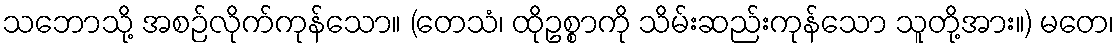
သဘောသို့ အစဉ်လိုက်ကုန်သော။ (တေသံ၊ ထိုဥစ္စာကို သိမ်းဆည်းကုန်သော သူတို့အား။) မတေ၊